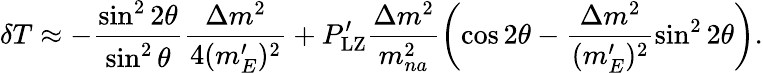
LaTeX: \delta T\approx-\frac{\sin^{2}2\theta}{\sin^{2}\theta}\frac{\Delta m^{2}}{4{(m_{E}^{\prime})^{2}}}+P_{\mathrm{LZ}}^{\prime}\frac{\Delta m^{2}}{m_{na}^{2}}\left(\cos 2\theta-\frac{\Delta m^{2}}{{(m_{E}^{\prime})^{2}}}\sin^{2}2\theta\right).